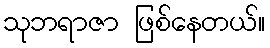
သုဘရာဇာ ဖြစ်နေတယ်။